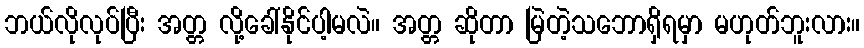
ဘယ်လိုလုပ်ပြီး အတ္တ လို့ခေါ်နိုင်ပါ့မလဲ။ အတ္တ ဆိုတာ မြဲတဲ့သဘောရှိရမှာ မဟုတ်ဘူးလား။